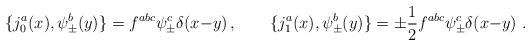
LaTeX: \begin{align*}\{ j^a_0 (x) , \psi^b_\pm (y) \} = f^{abc} \psi_\pm^c \delta(x{-}y)\, , \qquad\{ j^a_1 (x) , \psi^b_\pm (y) \} = \pm {1 \over 2} f^{abc} \psi_\pm^c \delta(x{-}y) \ .\end{align*}